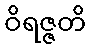
ဝိရဇ္ဇတိ